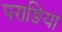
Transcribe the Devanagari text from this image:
पराङिया